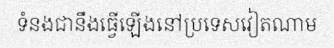
ទំនងជានឹងធ្វើឡើងនៅប្រទេសវៀតណាម